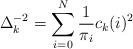
LaTeX: \begin{align*}\Delta _{k}^{-2}=\sum_{i=0}^{N}\frac{1}{\pi _{i}}c_{k}(i)^{2}\end{align*}